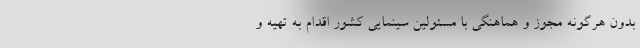
بدون هرگونه مجوز و هماهنگی با مسئولین سینمایی کشور اقدام به تهیه و